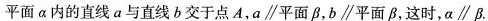
平面a内的直线a与直线b交于点A，a\parallel 平面B，b\parallel 平面β，这时，α\parallel β。